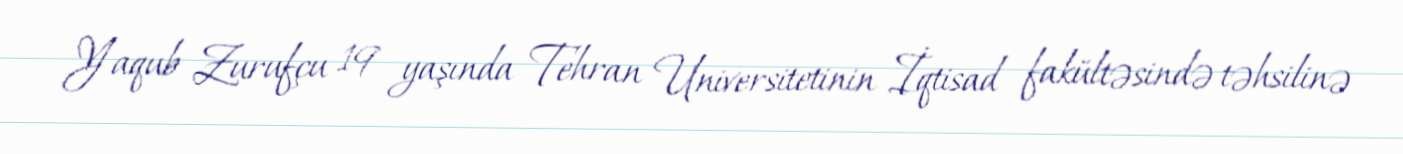
Yaqub Zurufçu 19 yaşında Tehran Universitetinin İqtisad fakültəsində təhsilinə